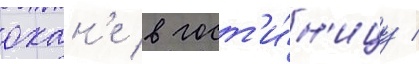
охан'е в гост'и́н'ицу /